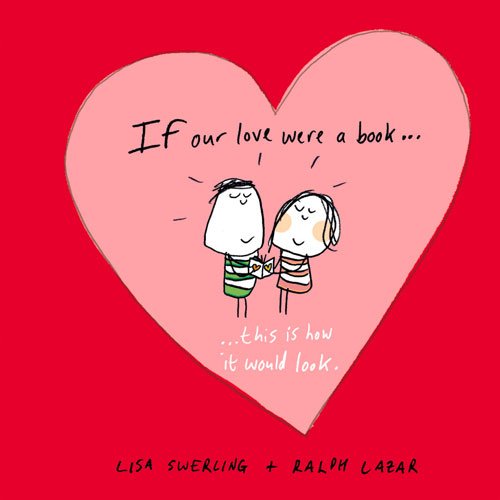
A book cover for If Our Love Were a Book . . . This Is How It Would Look; Lisa Swerling; Literature & Fiction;